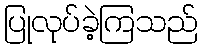
ပြုလုပ်ခဲ့ကြသည်